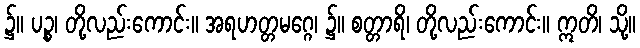
၌။ ပဉ္စ၊ တို့လည်းကောင်း။ အရဟတ္တမဂ္ဂေ၊ ၌။ စတ္တာရိ၊ တို့လည်းကောင်း။ ဣတိ၊ သို့။